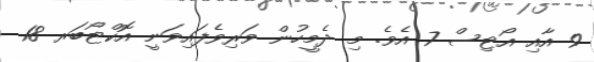
9 އާއި އޯޓިސް 7 އެވެ. މި ދެމީހުން ވަރިވެފައިވަނީ އޮކްޓޯބަރ 18